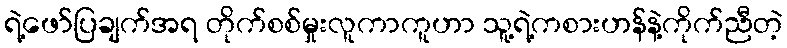
ရဲ့ဖော်ပြချက်အရ တိုက်စစ်မှုးလူကာကူဟာ သူ့ရဲ့ကစားဟန်နဲ့ကိုက်ညီတဲ့